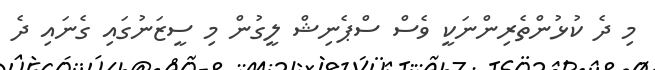
މި ދެ ކުޅުންތެރިންނަކީ ވެސް ސްޕެނިޝް ލީގުން މި ސީޒަނުގައި ގެނައި ދެ